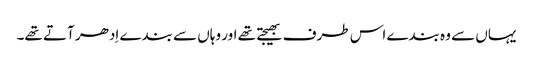
یہاں سے وہ بندے اس طرف بھیجتے تھے اور وہاں سے بندے اِدھر آتے تھے۔